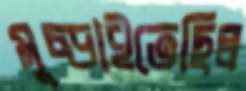
মুচ্‌ড়াইতেছিল